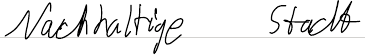
Nachhaltige Stadt